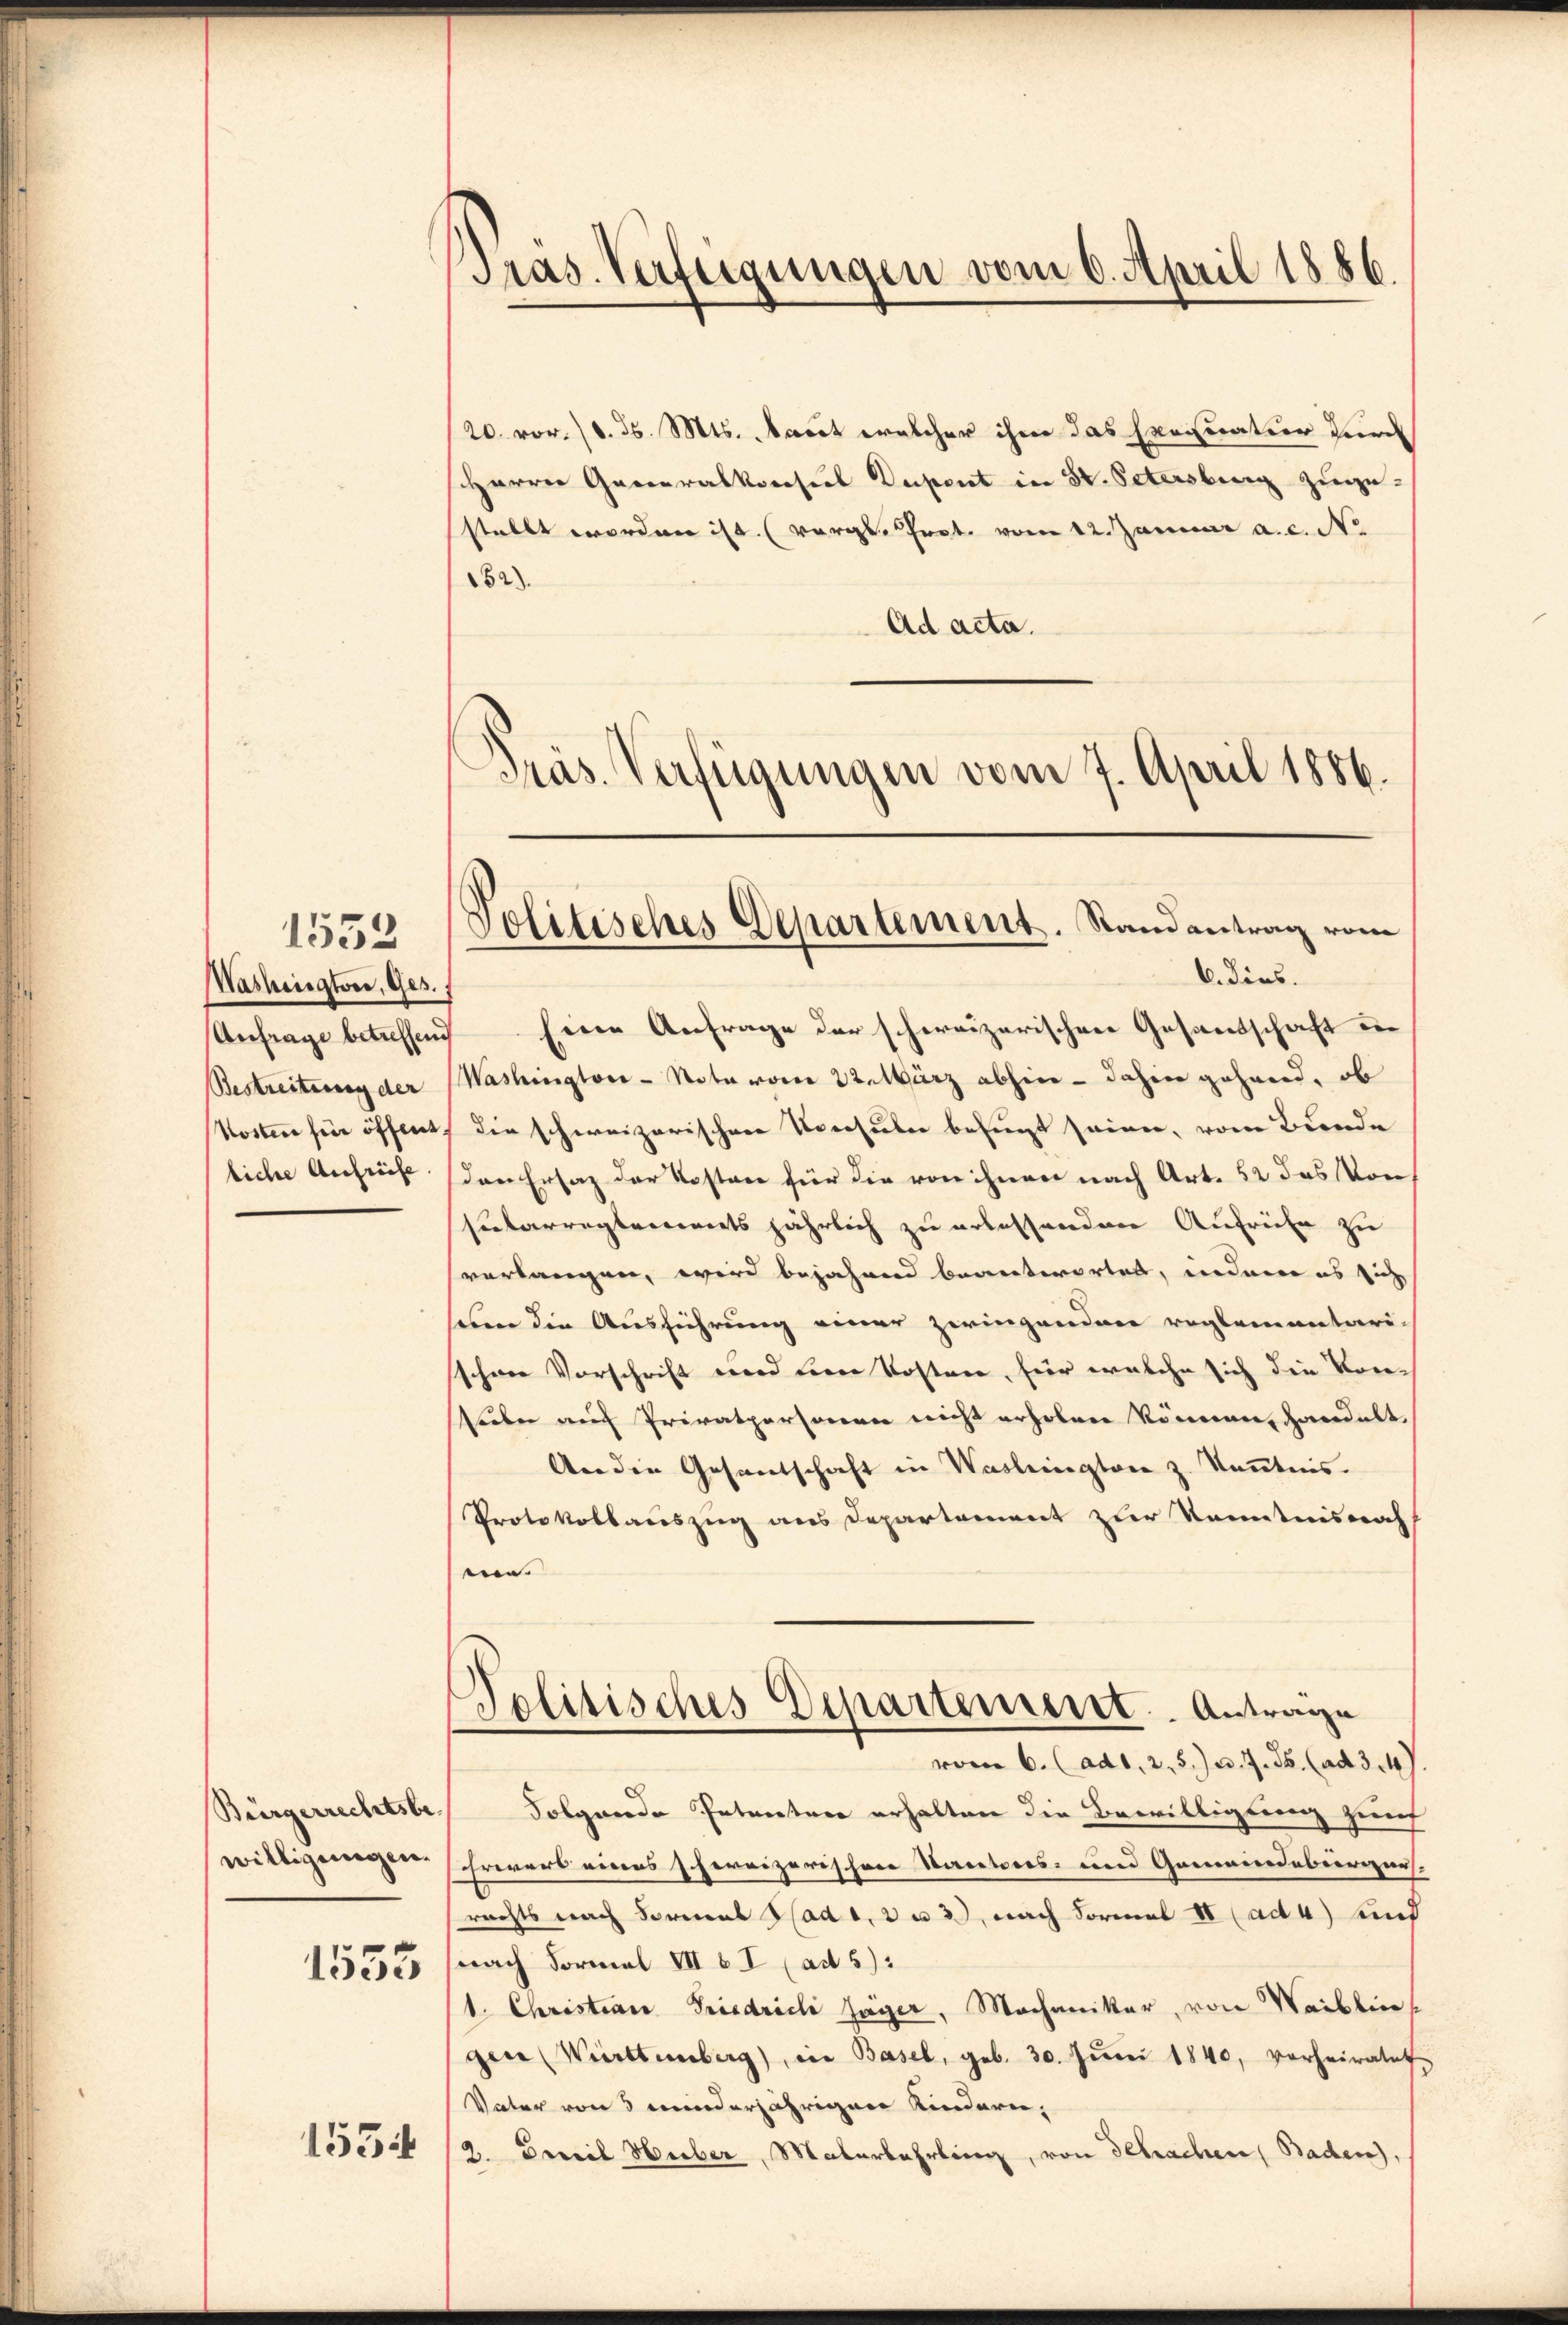
1552
WWashingter, Ges.
Anfrage betreffend
Bestreitung der
Kosten für öffend,
liche Aufreife

Bürgerrechtsbe¬
1555

1534

Präs. Verfügungen vom 6. April 1886

/20. vor. d. d. Mts. Nacht welcher ihm das Herrnatior zur
Harrer Garteralkonseil Dupent in St. Petersburg zugestellt worden ist. (vergl. Prot. vom 12. Januar a.c. No
82).
Ad acta.
Präs. Verfügungen vom 7. April 1886.

Jolitisches Departement. Randantrag vom

6. Dies.
Eine Anfrage der schweizerischen Gesandschaft de
Washington-Note vom 22. März abhin - dahin gehend, ob
die schweizerischen Konsuler befugt seien, vom Bunde
den Ersatz der Kosten für die von ihnen nach Art. 52 das von
sutarregtements jährlich zu erlessenden Aufrühe zu
verlangen, wird bejahend beanterortet, indem es sich
sum die Ausführung einer zwingenden reglementarischwer Vorschrift wird eine Kosten, für welche sich die Vor¬
Reiber auch Privatpersonen nicht erholen können, handelt.
Anden Gesandschaft in Washington z. Kenntnis.
Protokollauszug aus Departement zur Kenntnisnah
e
Politisches Departement. Antrage
vom 6. (ad1. 2. 5) u. 7. ds. (ad 3. 47.
Folgende Petenten erhalten die Bewilligung zerf
willigeregen schwerers eines hervizerischere Sactores- und Gemeindebergers,
rechts nach Forment Stadt, 2 u 3), nach Formal II (ad 4) und
nach Formal VII b I (ad 5):
1. Christian Friedrich Jäger, Mechaniker, von Waiblin
gen Württemberg), in Basel, geb. 30. Jŭni 1840, vorheiratet
Vater von 5 minderjährigen Kindern,
9. Beweil Huber, Malerbahrling, von Gebrachen Baden,